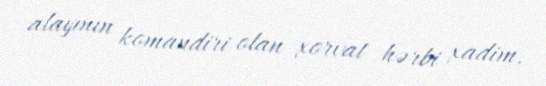
alayının komandiri olan xorvat hərbi xadim.